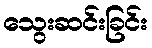
သွေးဆင်းခြင်း